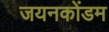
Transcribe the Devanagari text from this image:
जयनकोंडम